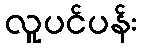
လူပင်ပန်း